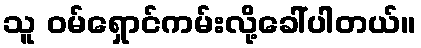
သူ ဝမ်ရှောင်ကမ်းလို့ခေါ်ပါတယ်။